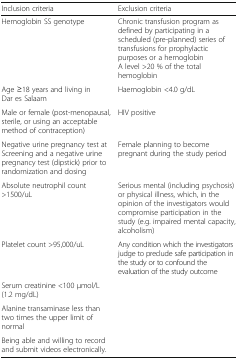
| Inclusion criteria | Exclusion criteria |
 | --- | --- |
 | Hemoglobin SS genotype | Chronic transfusion program as defined by participating in a scheduled (pre-planned) series of transfusions for prophylactic purposes or a hemoglobin A level >20 % of the total hemoglobin |
 | Age ≥18 years and living in Dar es Salaam | Haemoglobin <4.0 g/dL |
 | Male or female (post-menopausal, sterile, or using an acceptable method of contraception) | HIV positive |
 | Negative urine pregnancy test at Screening and a negative urine pregnancy test (dipstick) prior to randomization and dosing | Female planning to become pregnant during the study period |
 | Absolute neutrophil count >1500/uL | Serious mental (including psychosis) or physical illness, which, in the opinion of the investigators would compromise participation in the study (e.g. impaired mental capacity, alcoholism) |
 | Platelet count >95,000/uL | Any condition which the investigators judge to preclude safe participation in the study or to confound the evaluation of the study outcome |
 | Serum creatinine <100 μmol/L (1.2 mg/dL) |  |
 | Alanine transaminase less than two times the upper limit of normal |  |
 | Being able and willing to record and submit videos electronically. |  |